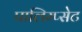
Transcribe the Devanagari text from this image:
पालिम्प्सेट